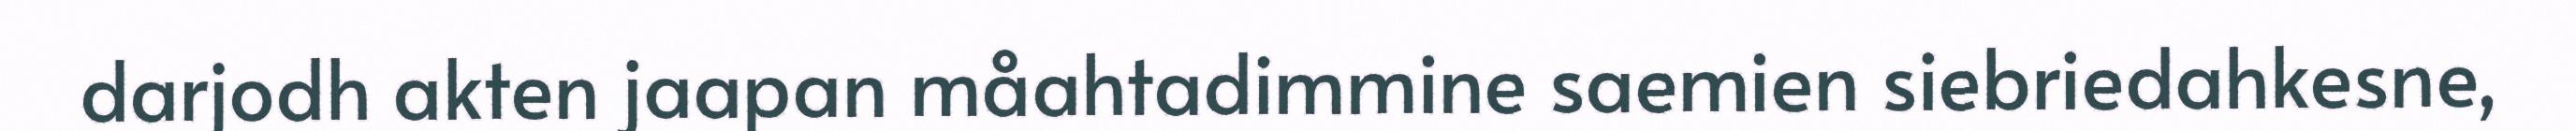
darjodh akten jaapan måahtadimmine saemien siebriedahkesne,